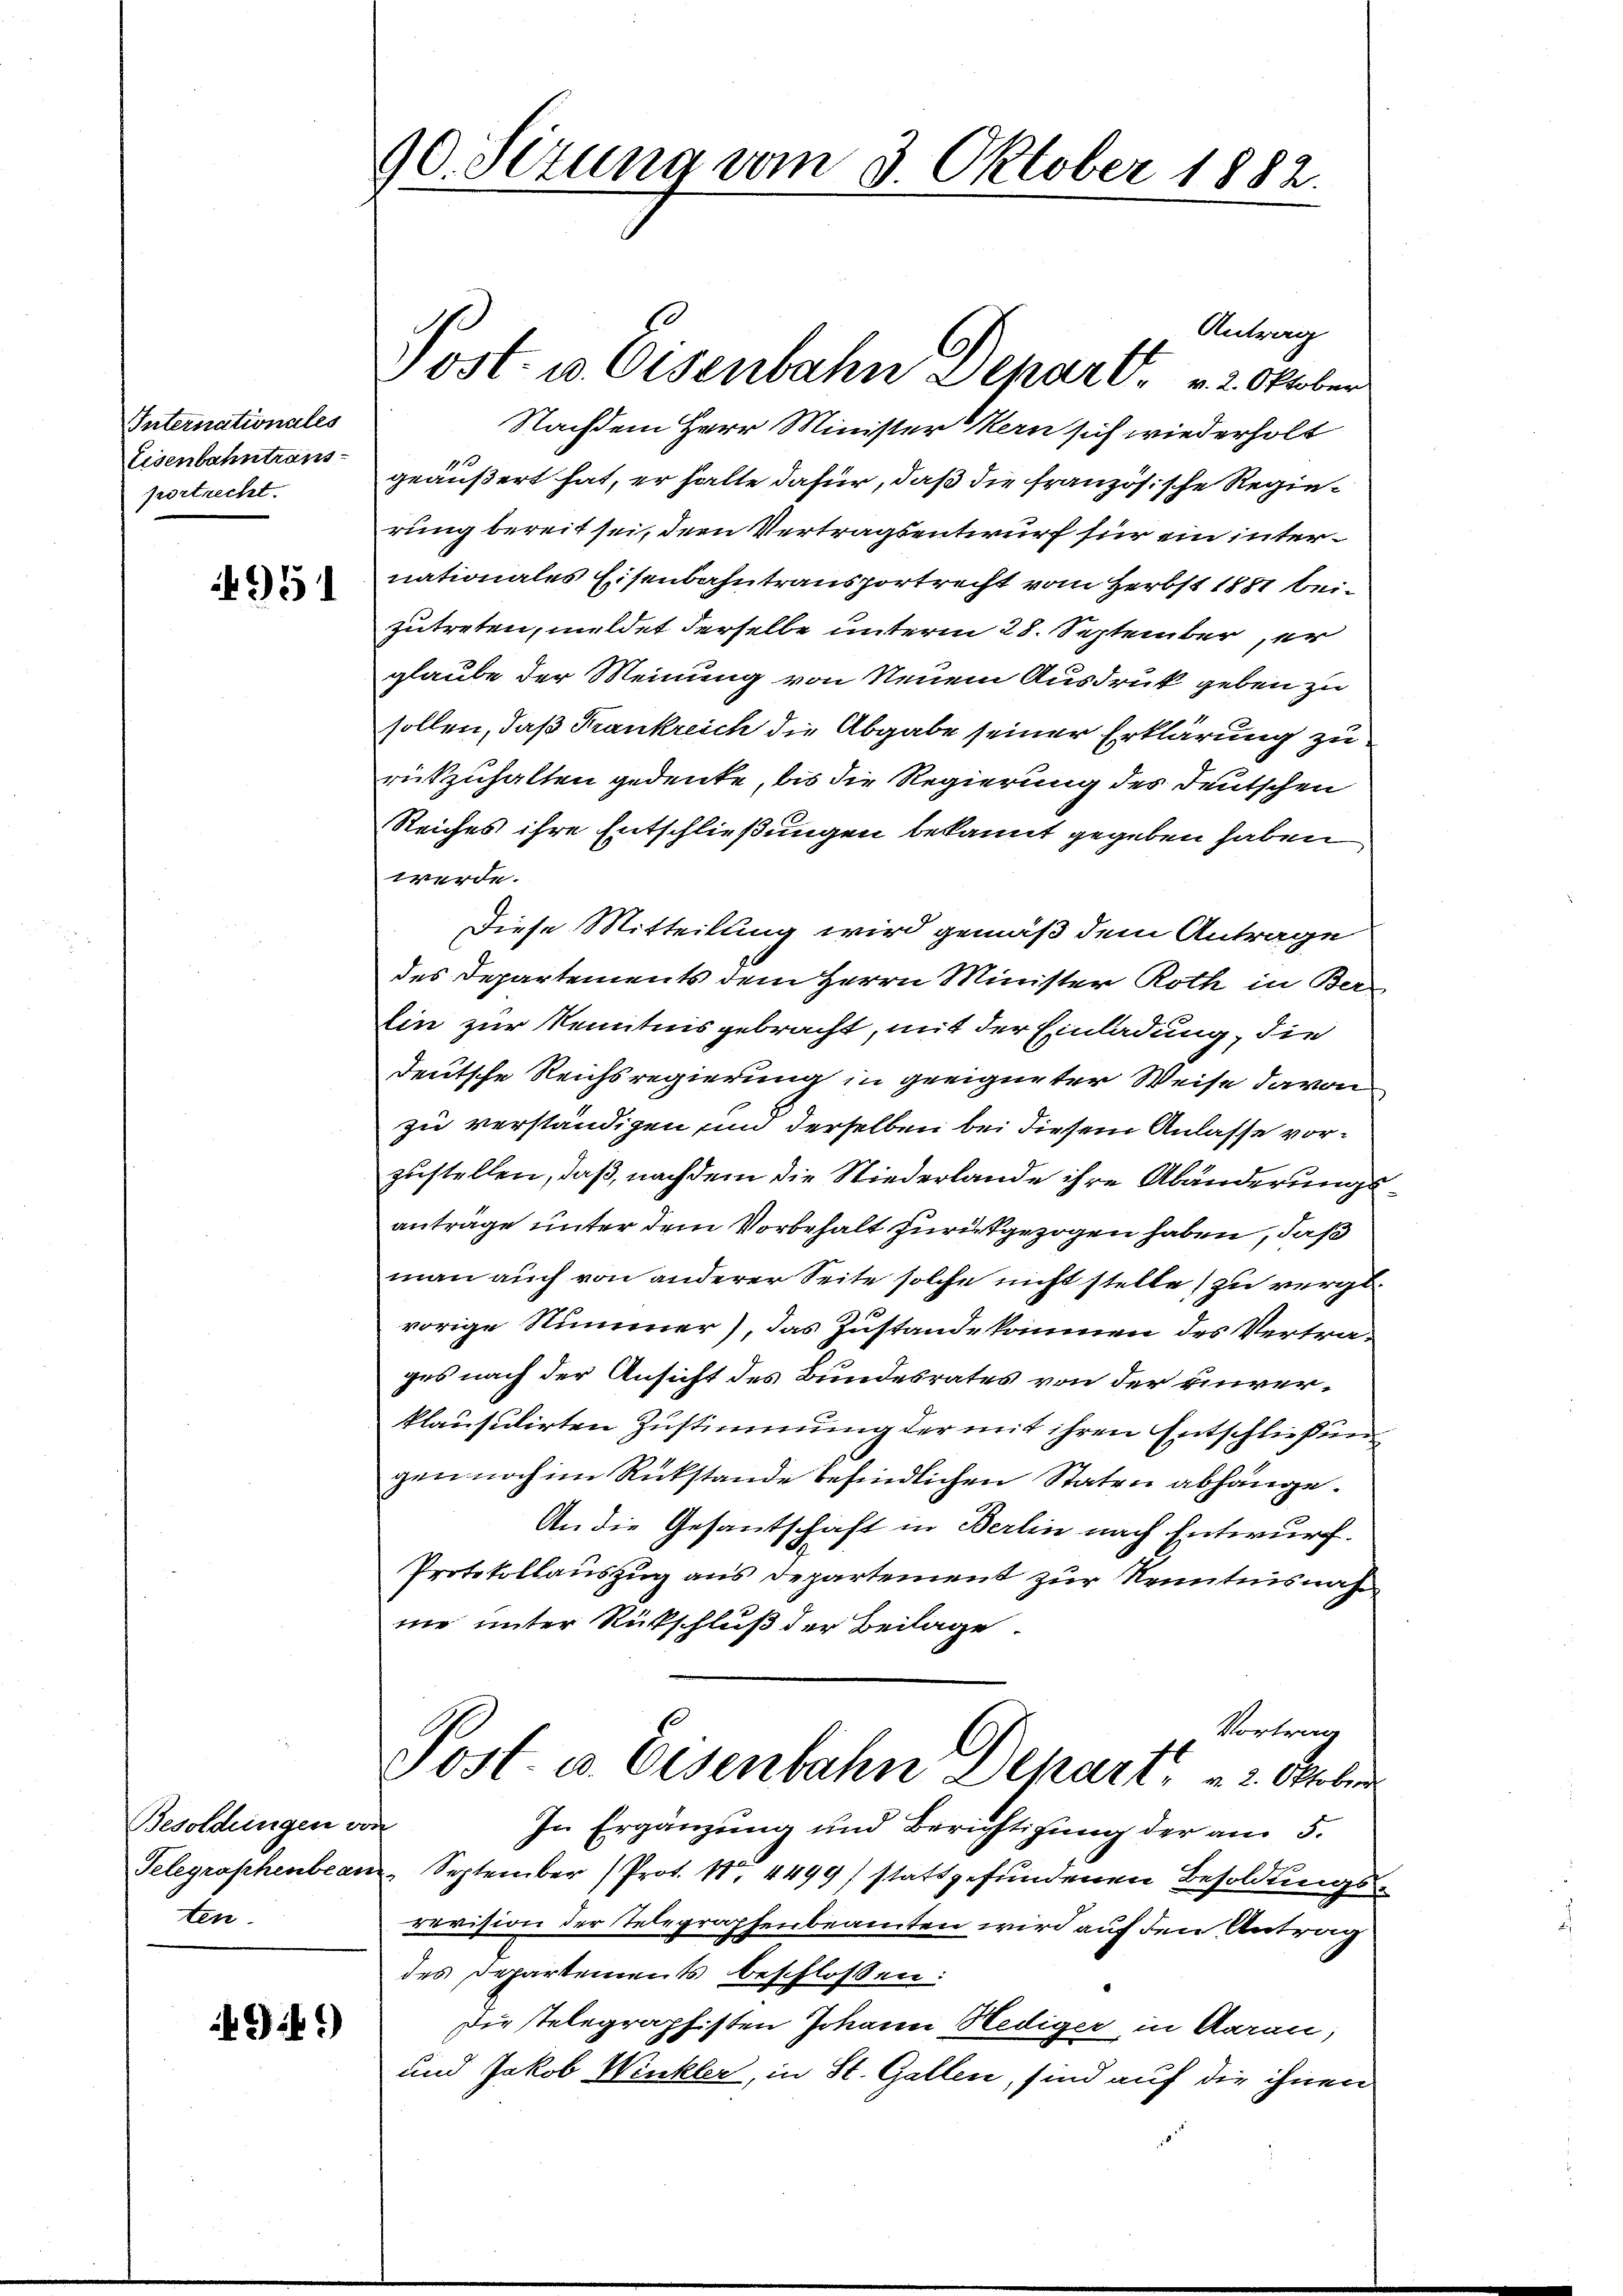
Internationales
Eisenbahntrans
portrecht.

4951

Besoldungen vor
Telegraphenbean
ten.

941)

90. Sizung vom 3 Oktober 1882.

Antrag
Nachdem Herr Minister Kern sich wiederholt
geäußert hat, er halte dafür, daß die französische Regierung bereit sei, dem Vertragsentwurf für ein internationales Eisenbahntransportrecht vom Herbst 1881 beizutreten, meldet derselbe unterm 28. September er
glaube der Meinung von Neuem Ausdruck geben zu
sollen, daß Frankreich die Abgabe seiner Erklärung zu
rükzuhalten gedenke, bis die Regierung des Deutschen
Reiches ihre Entschließungen bekannt gegeben haben
werde.
Diese Mitteilung wird gemäß dem Antrage
des Departements dem Herrn Minister Roth in Ber-
lin zur Kenntnis gebracht, mit der Einladung, die
deutsche Reichsregierung in geeigneter Weise davon
zu verständigen, um derselben bei diesem Anlasse vorzustellen, daß, nachdem die Niederlande ihre Abänderungsantrage unter dem Vorbehalt zurückgezogen haben, daß
man auch von anderer Seite solche nicht stelle (zu vergl.
vorige Nummer), das Zustandekommen des Vertrages nach der Ansicht des Bundesrates von der einverklausulirten Zustimmung der mit ihren Entschließun
gen noch im Rückstande befindlichen Staten abhänge.
An die Gesantschaft in Berlin nach Entwurf.
Protokollauszug aus Departement zur Kenntnisnah
ne unter Rückschluß der Beilage
Vortrag
Post. v. Eisenbahn Depart, 3. Ober
f
In Ergänzung und Berichtigung der am 5.
" September (Prot. 10. 4499) stattgefundenen Besoldungsrevision der Telegraphenbeamten wird auf den Antrag
des Departements beschlossen:
Die Telegraphisten Johann Hediger in Garan,
und Jakob Winkler, in St. Gallen, sind auf die ihnen

Post- u. Osenbahn Depart. v. 2. Oktober